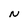
Character: N